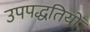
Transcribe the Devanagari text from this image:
उपपद्धतियों